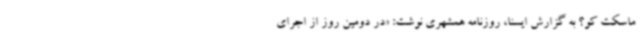
ماسکت کو؟ به گزارش ایسنا، روزنامه همشهری نوشت: «در دومین روز از اجرای